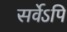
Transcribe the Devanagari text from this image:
सर्वेऽपि